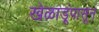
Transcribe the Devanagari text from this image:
खेळाडूंपासून